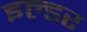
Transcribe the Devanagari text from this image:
इल्डर